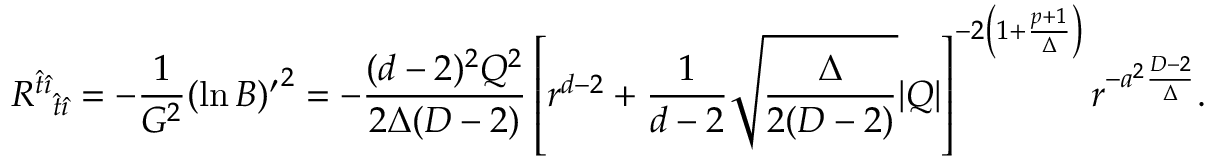
{ { \cal R } ^ { \hat { t } \hat { \imath } } } _ { \hat { t } \hat { \imath } } = - { \frac { 1 } { G ^ { 2 } } } { ( \ln B ) ^ { \prime } } ^ { 2 } = - { \frac { ( d - 2 ) ^ { 2 } Q ^ { 2 } } { 2 \Delta ( D - 2 ) } } \left[ r ^ { d - 2 } + { \frac { 1 } { d - 2 } } \sqrt { \frac { \Delta } { 2 ( D - 2 ) } } | Q | \right] ^ { - 2 \left( 1 + { \frac { p + 1 } { \Delta } } \right) } r ^ { - a ^ { 2 } { \frac { D - 2 } { \Delta } } } .